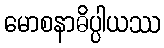
မောစနာဓိပ္ပါယဿ